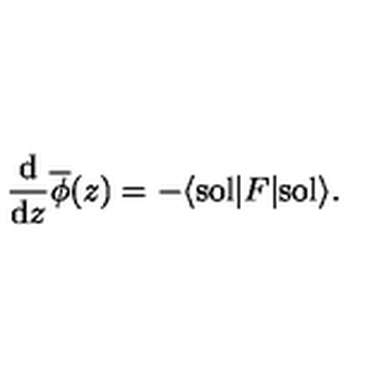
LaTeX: \frac { \mathrm { d } } { \mathrm { d } z } { \overline { \phi } } ( z ) = - \langle \mathrm { s o l } | F | \mathrm { s o l } \rangle .